Leaving Certificate Examination, 1905
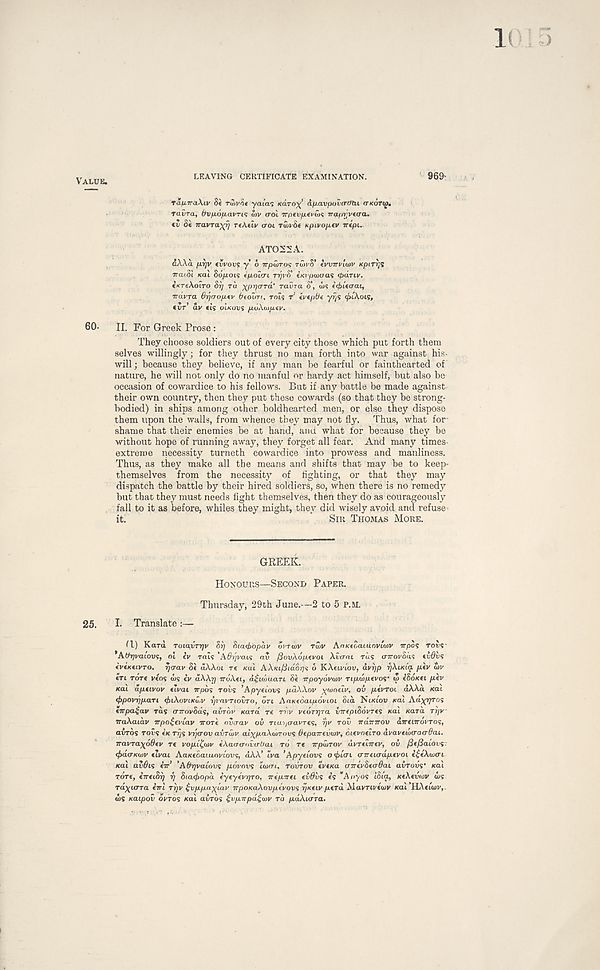
ALUS*
LEAVING CERTIFICATE EXAMINATION.
969-
raju.Tra/'W Sc ruii/Sc yaia.'; (cdro^’ dfj.avpov(rtftu (TKOTOJ.
ravra, fyvfxo/jiavTis o>v irol Trpfufj.fi'ws 7raftr;v(cra.
fv Sc TravTO^Ty rtAtly croi ru)v8c upLVOfxtv irtpL.
AT025A.
d/\Ad yufiyv tvvovs y 6 irpwros rairS’ IVVTTVLIPV Kpirrji
ircuSl Kal So/xois tp-oici TT/VK cxi pajaa? <pd.Tiv.
iKTt\oiTO Sr] rd ^pr/ard' ravra S’, UJS cdiiWat,
TrdvTa. 6t](rop.(v btoim, rnis r 1 tvtptit y^s <ptAots,
cur av cts oi^ous po\m/j.tv.
60-
II. For Greek Prose:
They choose soldiers out of every city those which put forth them
selves willingly; for they thrust no man forth into war against his.
will; because they believe, if any man be fearful or fainthearted of
nature, he will not only do no manful or hardy act himself, but also be
occasion of cowardice to his fellows. But if any battle be made against
their own country, then they put these cowards (so that they be strong-
bodied) in ships among other boldhearted men, or else they dispose
them upon the walls, from whence they may not fly. Thus, what for
shame that their enemies be at hand, and what for because they be
without hope of running away, they forget all fear. And many times-
extreme necessity turneth cowardice into prowess and manliness.
Thus, as they make all the means and shifts that may be to keep-
themselves from the necessity of fighting, or that they may
dispatch the battle by their hired soldiers, so, when there is no remedy
but that they must needs fight themselves, then they do as courageously
fall to it as before, whiles they might, they did wisely avoid and refuse-
it.
SIR THOMAS MORE.
GREEK.
HONOURS—SECOND PAPER.
Thursday, 29th June.—2 to 5 P.ai.
25.
I. Translate :—
(1) Kara Totavrrjv Si] Siacfropdv OVTWV TWV Af>KC6aiaovto>v irpos TO vs
AbrjvaLOvs, ot iv rais 'AbrjvaLS av fiovAopevoi Xva-ciL rus tnrovSds tvOvs
tvintiVTO. rjaav Si u/VAot re KUL AXKifitdorjs o KAeiviou, dvr]p TjXixiq. piv aiv
CTI Tore vcos <us iv d\\rj TTOACI, d^iwu.aTi Sc irpoyovurv np-wfievos" <u CSOKCI fiiv
Kai dpt Lvov tivai Trpos rous ’Apycious p.dWov ^WOLLV, OV pivToi, aAAa teal
<f>povr]p.aTi (^IAOVIKU/V r/vavTiovro, on AaKtoaipovioL Sia Nt/ctov Kal Aa^yros
eirpa£av ras cnrovSds, avrov Kara re rrjv vfOTrjra irreptSovTts Kal Kara. Tr/v
iraXaiav irpo£fviav TTOTC oCirav ov Tiur/travTes, rjv Toil rrdmrov djrcwrovros,
auros Tous (K Tr]S vrjtTov avTwv alypaXotTovs bcpairevuiv, cicvoeiro dvavttixraaOai.
rravra^obfv re vopl^orv iAacranvirtiai TO re irpuirov u.vTfiir€V, ov fif/Saiovs-
<f>dcrK(DV fivai AaKfoaiiiovLovs, dAA’ eva ’Apyeiovs oijricn cnrtKTdpuvoL c^eAcucri
Kal avOis cV’ 'Abrjvaiovs faovovs luxn, TOVTOV evfxa aTrtvSfcrbat avrovv Kal
Tore, irTtiSi) r/ Siatfropd tytyiv-qro, 7rcp.7ret tvOvs cs "A ay os tSia, KCACUOJV <us
rd^urra irri TTJV ^vp-p-a^iav vpoKaAovp.ivovs r/Ktiv p.crd MamvcW Kal HAcwov,
<I>S Kaipov ovros Kal auros (vp.Trpd£a>v TO /xctAiora.